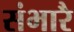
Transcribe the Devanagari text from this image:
संभारै